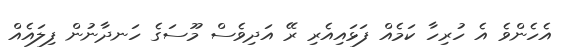
އެހެންވެ އެ ހުރިހާ ކަމެއް ފަޅައިއެރި ރޭ އަދިވެސް މޫސަގެ ހަނދާނުން ފިލައެއް